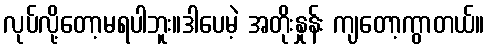
လုပ်လို့တော့မရပါဘူး။ဒါပေမဲ့ အတိုးနှုန်း ကျတော့ကွာတယ်။